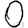
Digit: 0